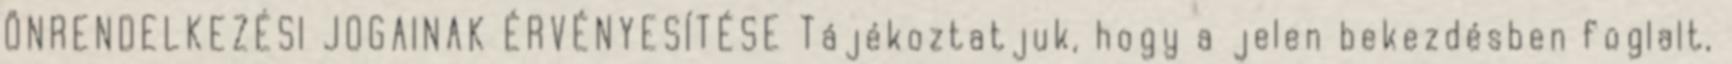
ÖNRENDELKEZÉSI JOGAINAK ÉRVÉNYESÍTÉSE Tájékoztatjuk, hogy a jelen bekezdésben foglalt,